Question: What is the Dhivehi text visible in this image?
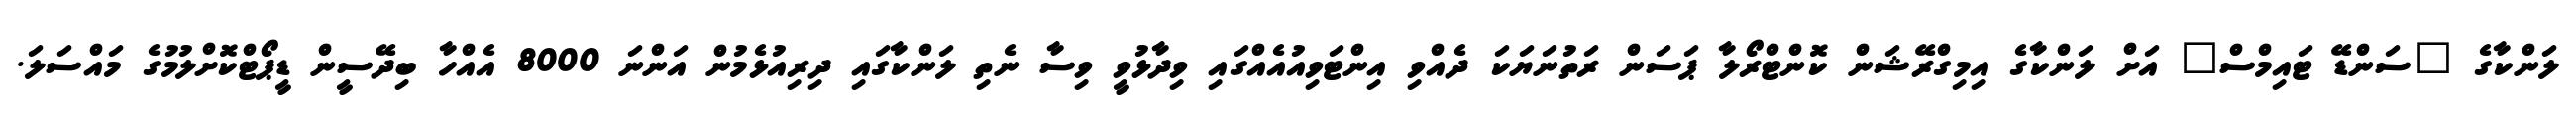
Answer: ލަންކާގެ "ސަންޑޭ ޓައިމްސް" އަށް ލަންކާގެ އިމިގްރޭޝަން ކޮންޓްރޯލާ ޕަސަން ރަތުނަޔަކަ ދެއްވި އިންޓަވިއުއެއްގައި ވިދާޅުވީ ވިސާ ނެތި ލަންކާގައި ދިރިއުޅެމުން އަންނަ 8000 އެއްހާ ބިދޭސީން ޑީޕޯޓްކޮށްލުމުގެ މައްސަލަ.